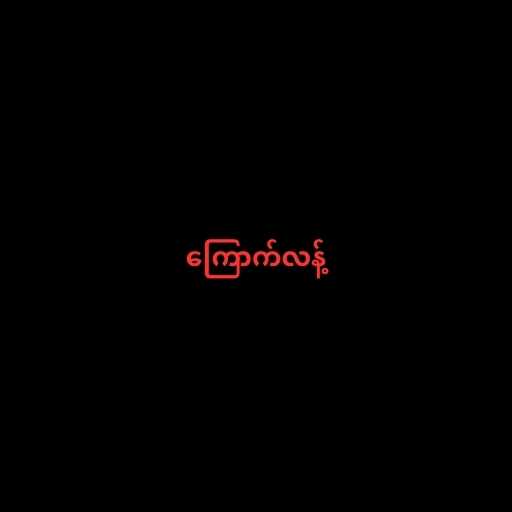
ကြောက်လန့်